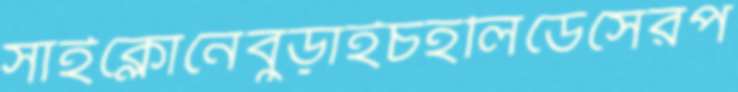
সাইক্লোনেবুড়াইচহলিডেসেরপ